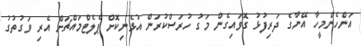
އަންހެންމީހާ އޭނާގެ ދަރިފުޅު ގޮވައިގެން މަގު ހުރަސްކުރަން އުޅެނިކޮށް ޕެލެޓްމައްޗަށް އެރި ވަގުތުގު